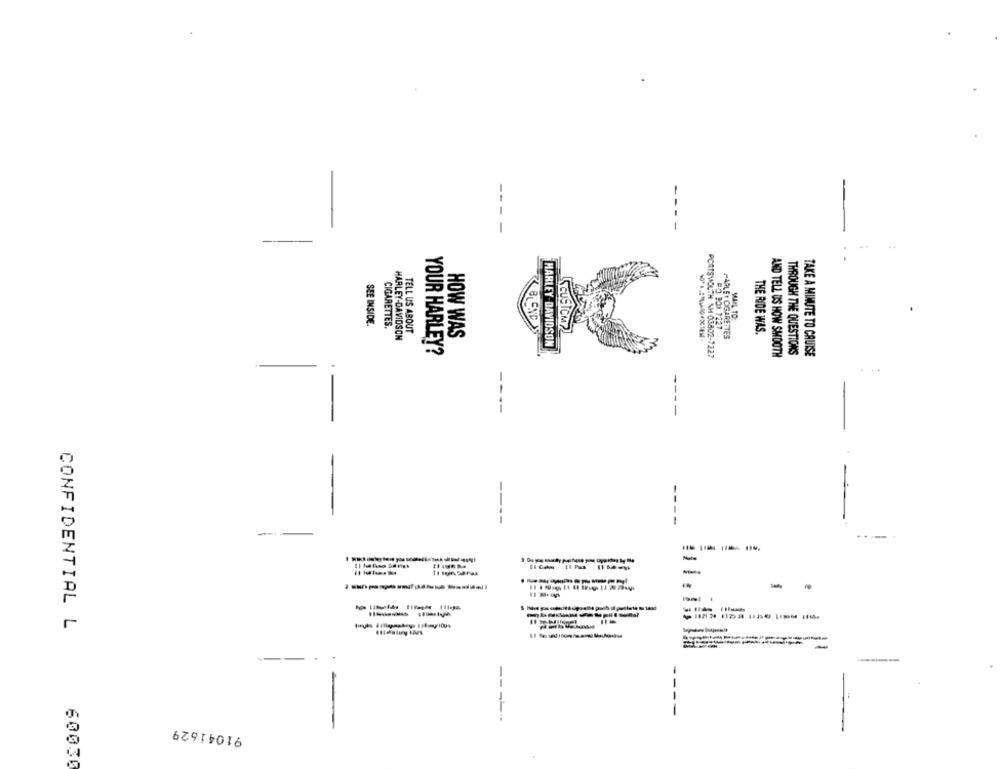
MAIL TO:
SEE INSIDE.
CIGARETTES.
SCUSICM
TELL US ABOUT
#0 300. 1227
THE RIDE WAS.
HARLEY-DAVIDSON
HOW WAS
HARLEY CIGARETTES
HARLEY-DAVIDSON
YOUR HARLEY?
PORTSMOUTH NH 03802-7227
AND TELL US HOW SMOOTH
THROUGH THE QUESTIONS
TAKE A MINUTE TO CRUISE
-
----
----
-
-
---------- )
CONFIDENTIAL L
---
91041629
60030